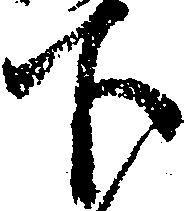
下